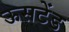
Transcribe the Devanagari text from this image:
ऊसटेंड